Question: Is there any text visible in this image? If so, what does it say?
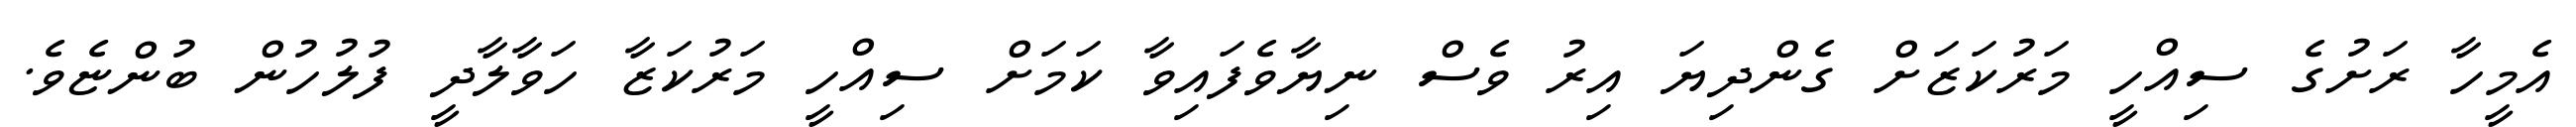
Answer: އެމީހާ ރަށުގެ ސިއްހީ މަރުކަޒަށް ގެންދިޔަ އިރު ވެސް ނިޔާވެފައިވާ ކަމަށް ސިއްހީ މަރުކަޒާ ހަވާލާދީ ފުލުހުން ބުންޏެވެ.